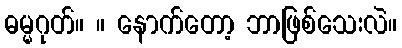
ဓမ္မဂုတ်။ ။ နောက်တော့ ဘာဖြစ်သေးလဲ။